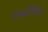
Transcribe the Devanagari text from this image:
पंचकर्मेन्द्रियाँ